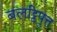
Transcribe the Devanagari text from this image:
बलट्ठिपुत्त